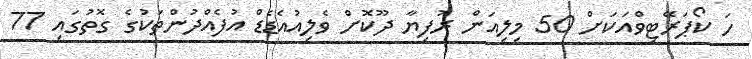
ހަ ކޯޕަރޭޓިވްއަކަށް 50 މިލިއަން ރުފިޔާ ދޫކޮށް ވެލިއުއެޑެޑް އުފެއްދުންތަކުގެ ގޮތުގައި 77